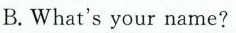
B. What's your name?